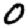
Digit: 0